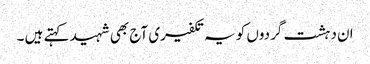
ان دہشت گردوں کو یہ تکفیری آج بھی شہید کہتے ہیں ۔